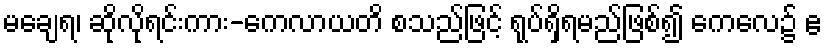
မချေရ၊ ဆိုလိုရင်းကား-ကေလာယတိ စသည်ဖြင့် ရုပ်ရှိရမည်ဖြစ်၍ ကေလေ၌ ဧ